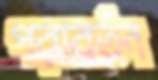
পরাবর্তন